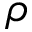
\rho